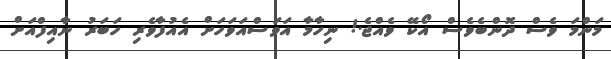
މަންމަ ވެސް ދޮންބެވެސް އޯކޭ ވެއްޖެ.! ނިހާމާ އަވަސްއަވަހަށް އެއުފާވެރި ހަބަރު ނާއިފްއަށް